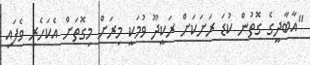
"އާބާދީގެ ގޮތުން ކުޑަ ރަށަކަށް ރަކީދޫ ވުމަކީ މިރަށް މިގޮތަށް އެކަހެރި ވެފައި